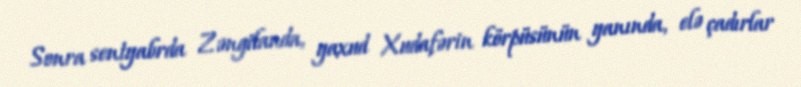
Sonra sentyabrda Zəngilanda, yaxud Xudafərin körpüsünün yanında, elə çadırlar